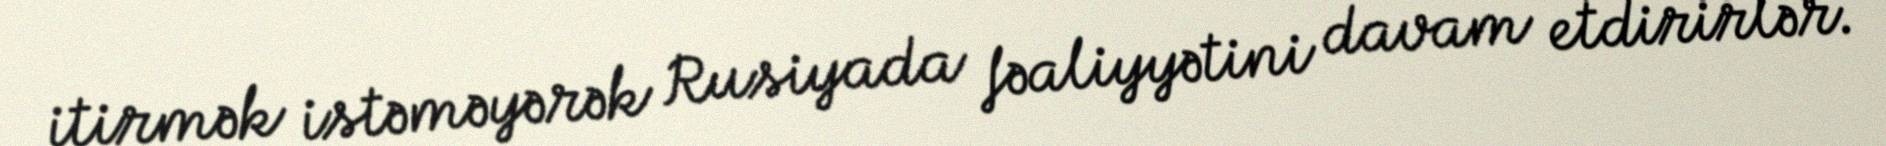
itirmək istəməyərək Rusiyada fəaliyyətini davam etdirirlər.